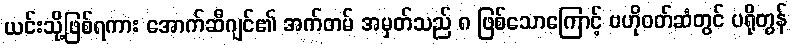
ယင်းသို့ဖြစ်ရကား အောက်ဆီဂျင်၏ အက်တမ် အမှတ်သည် ၈ ဖြစ်သောကြောင့် ဗဟိုဝတ်ဆံတွင် ပရိုတွန်